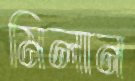
মিলান